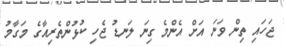
ޖަހައި ތިން ވަނަ އަށް އެންމެ ގިނަ ލަނޑު ޖެހި ކުޅުންތެރިއާގެ މަގާމު